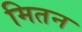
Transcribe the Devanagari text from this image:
मितन